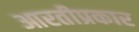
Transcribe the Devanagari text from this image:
आरतीप्रकार